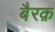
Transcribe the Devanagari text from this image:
बैरक़